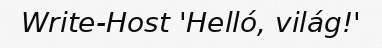
Write-Host 'Helló, világ!'